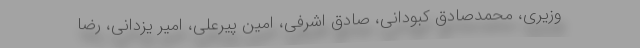
وزیری، محمدصادق کبودانی، صادق اشرفی، امین پیرعلی، امیر یزدانی، رضا